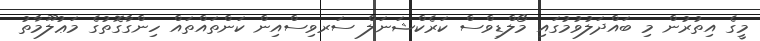
މީގެ އިތުރުން މި ބައްދަލުވުމުގައި މޯލްޑިވްސް ކަރެކްޝަނަލް ސަރވިސްއިން ކަންތައްތައް ހިންގާގޮތުގެ މަޢުލޫމާތު